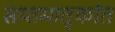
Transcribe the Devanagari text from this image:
सप्तमातृकांत